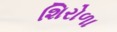
શિરોળા